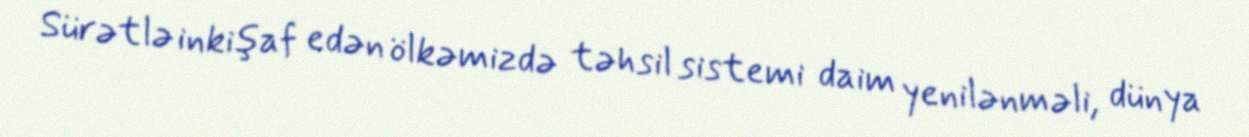
Sürətlə inkişaf edən ölkəmizdə təhsil sistemi daim yenilənməli, dünya